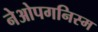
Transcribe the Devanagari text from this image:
नेओपगनिस्म